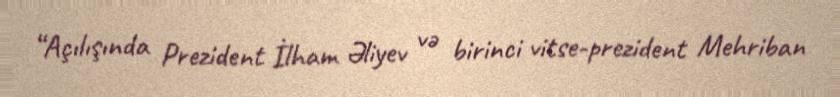
“Açılışında Prezident İlham Əliyev və birinci vitse-prezident Mehriban